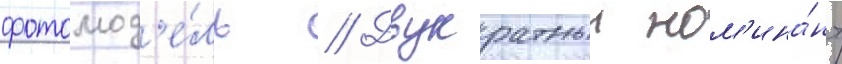
фотомод'е́ль // Двукратныи ном'ина́нт